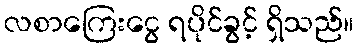
လစာကြေးငွေ ရပိုင်ခွင့် ရှိသည်။